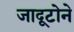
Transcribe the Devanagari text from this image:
जादूटोने